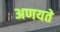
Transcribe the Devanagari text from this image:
अणयते